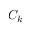
C _ { k }